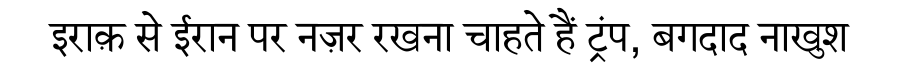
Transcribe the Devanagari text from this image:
इराक़ से ईरान पर नज़र रखना चाहते हैं ट्रंप, बगदाद नाखुश